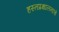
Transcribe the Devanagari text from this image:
हस्तप्रक्षालनाचे